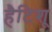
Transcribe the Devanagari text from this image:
हैटिशू